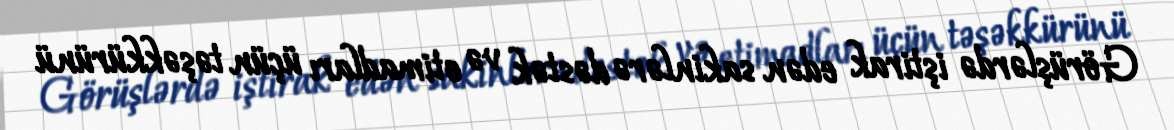
Görüşlərdə iştirak edən sakinlərə dəstək və etimadları üçün təşəkkürünü